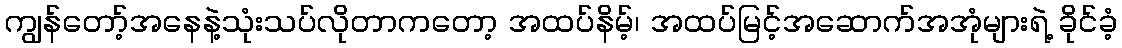
ကျွန်တော့်အနေနဲ့သုံးသပ်လိုတာကတော့ အထပ်နိမ့်၊ အထပ်မြင့်အဆောက်အအုံများရဲ့ ခိုင်ခံ့